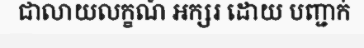
ជាលាយលក្ខណ៍ អក្សរ ដោយ បញ្ជាក់